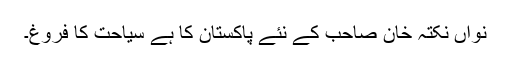
نواں نکتہ خان صاحب کے نئے پاکستان کا ہے سیاحت کا فروغ۔